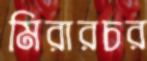
মিরারচর